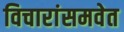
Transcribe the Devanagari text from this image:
विचारांसमवेत